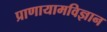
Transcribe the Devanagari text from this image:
प्राणायामविज्ञान